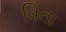
વિતા